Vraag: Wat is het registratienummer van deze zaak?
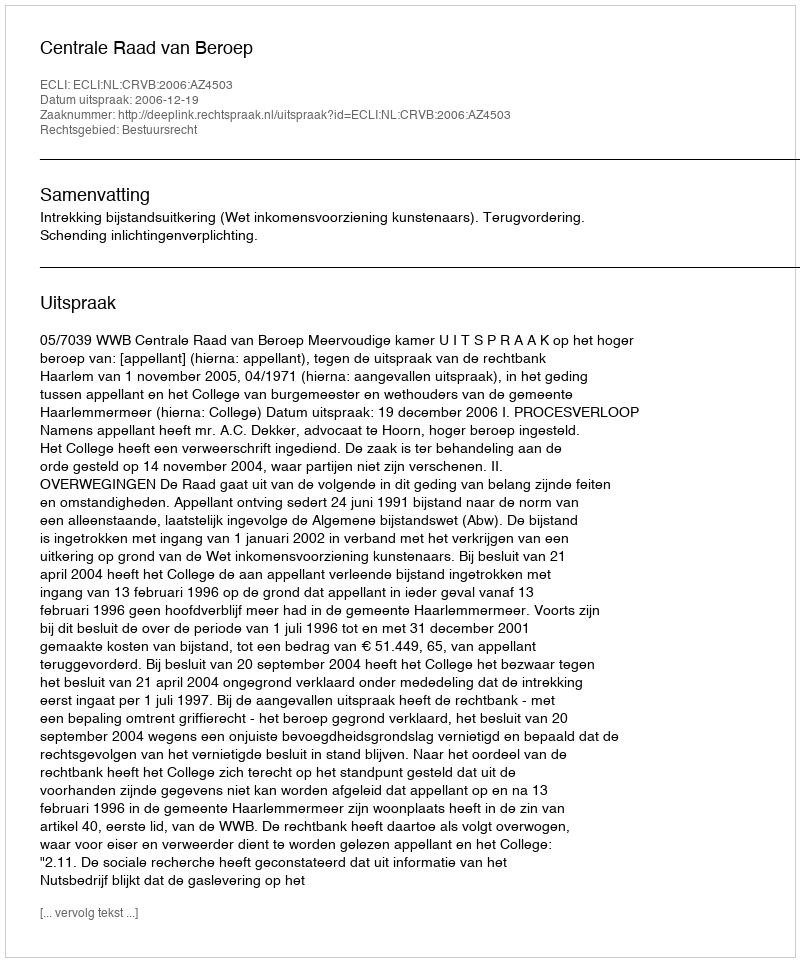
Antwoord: http://deeplink.rechtspraak.nl/uitspraak?id=ECLI:NL:CRVB:2006:AZ4503